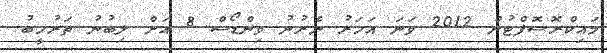
މައިކްރޮސޮފްޓުން 2012 ވަނަ އަހަރު ނެރުނު ވިންޑޯސް 8 އަށް ލިބުނު ތަރުހީބު